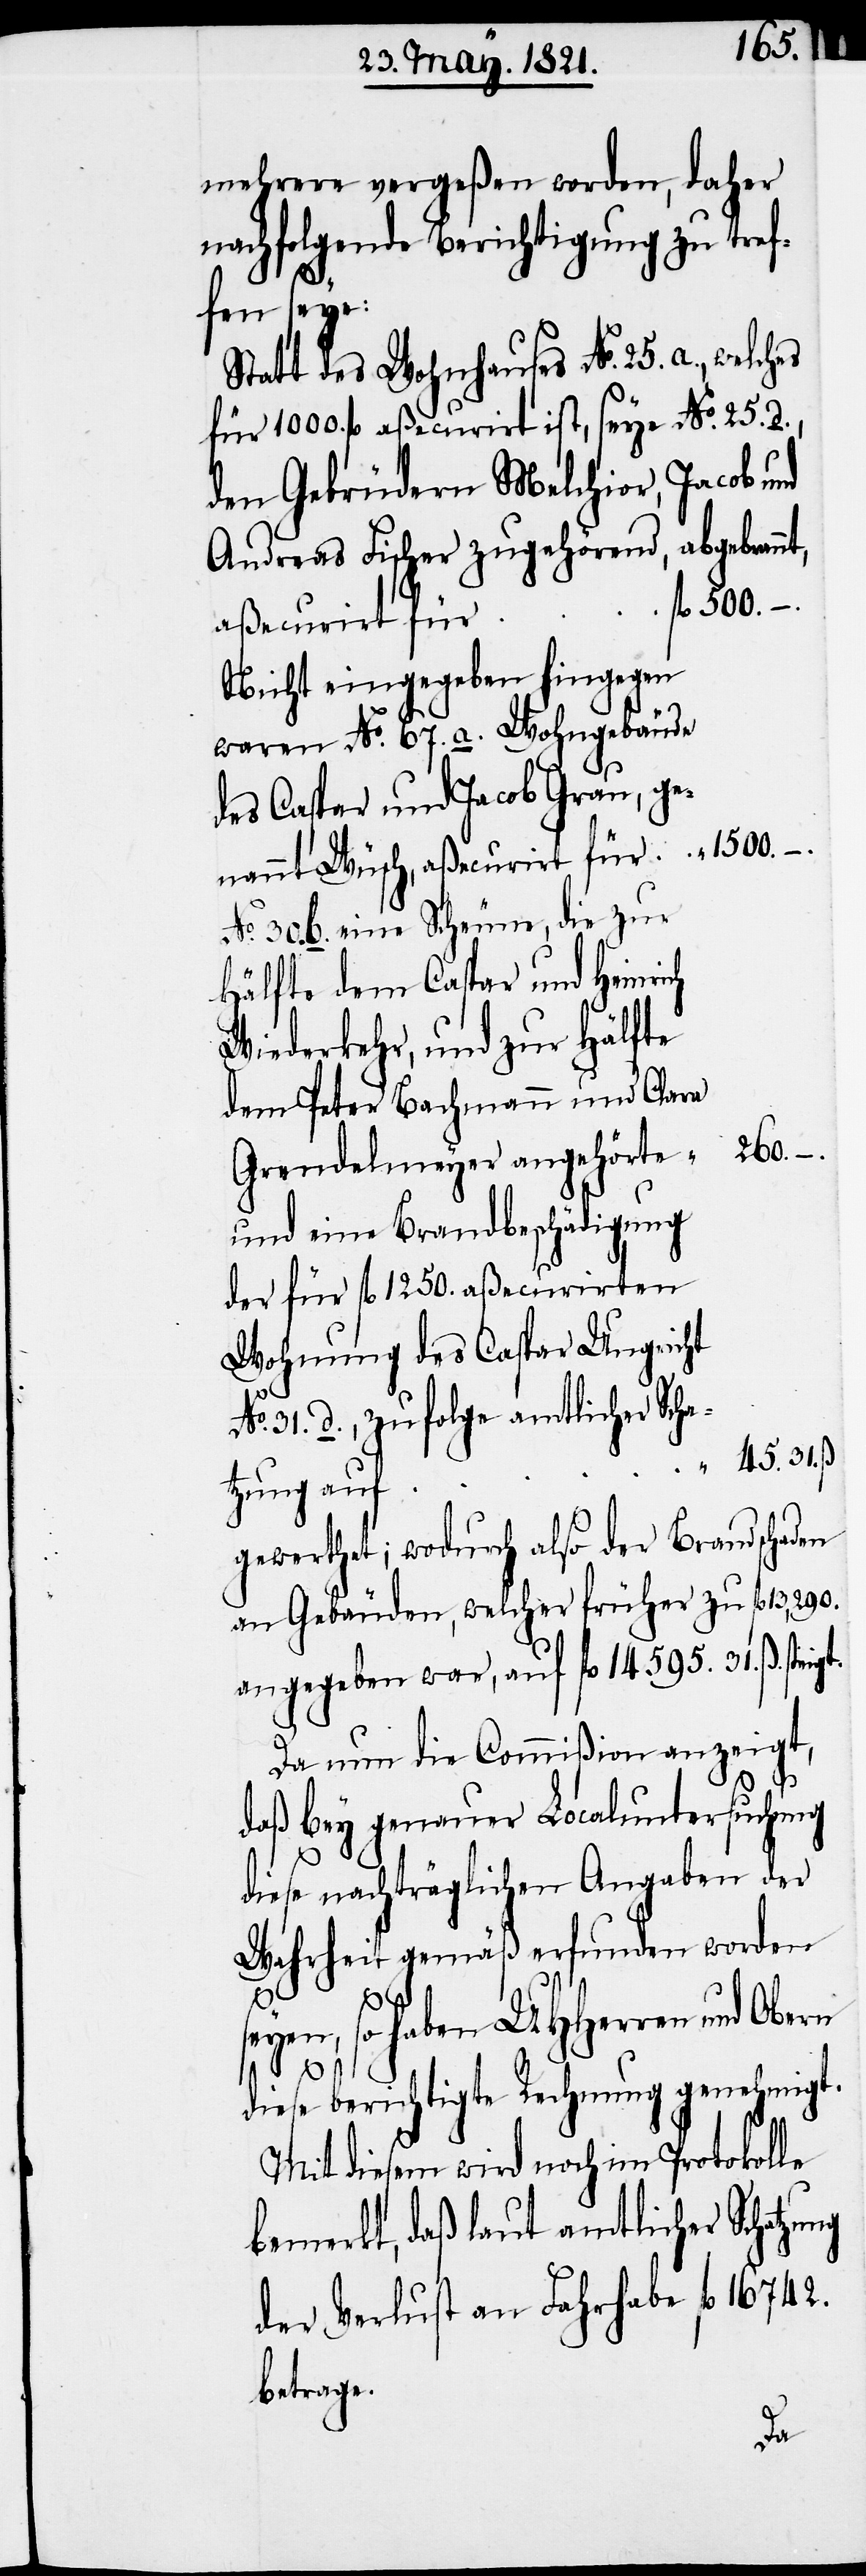
mehrere vergeßen worden, daher
nachfolgende Berichtigung zu tref¬
fen seye:
Statt des Wohnhauses No. 25. a., welches
für 1000. fl. aßecurirt ist, seye No. 25. d.,
den Gebrüdern Melchior, Jacob und
Andreas Fischer zugehörend, abgebrannt,
aßecurirt für
Nicht eingegeben hingegen
waren No. 67. a. Wohngebäude
des Caspar und Jacob Grau, ge¬
nannt Wüsch, aßecurirt für
No. 30. b. eine Scheune, die zur
Hälfte dem Caspar und Heinrich
Wiederkehr, und zur Hälfte
dem Peter Bachmann und Clara
260.
Grendelmeyer angehörte
und eine Brandbeschädigung
der für fl. 1250. aßecurirten
Wohnung des Caspar Ungricht
No. 31. d., zu folge amtlicher Scha¬
45.
s¬
tzung auf
gewerthet; wodurch also der Brandschaden
an Gebäuden, welcher früher zu fl. 13,290.
angegeben war, auf fl. 14 595. 31. ß steigt.
Da nun die Commißion anzeigt,
ng
daß bey genauer Localuntersuchung
diese nachträglichen Angaben der
Wahrheit gemäß erfunden worden
eyen, so haben UHHerren und Obern
diese berichtigte Rechnung genehmigt.
Mit diesem wird noch im Protokolle
bemerkt, daß laut amtlicher Schatzu¬
der Verlust an Fahrhabe fl. 16 742.
betrage.